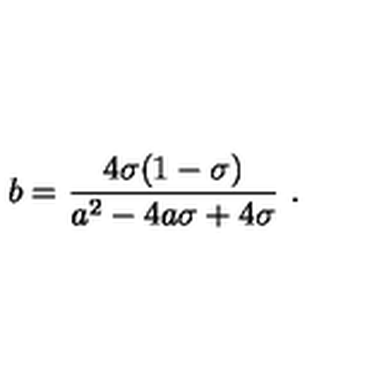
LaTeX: { { b } } = { \frac { 4 \sigma ( 1 - \sigma ) } { { { a } } ^ { 2 } - 4 { { a } } \sigma + 4 \sigma } } \ .